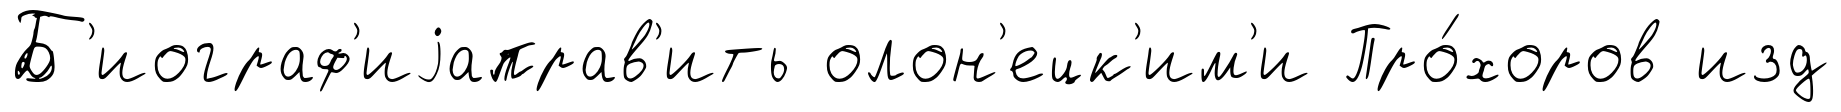
Б'иограф'иjаправ'ить олон'ецк'им'и Про́хоров изд